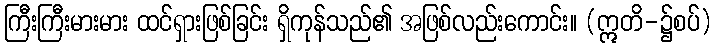
ကြီးကြီးမားမား ထင်ရှားဖြစ်ခြင်း ရှိကုန်သည်၏ အဖြစ်လည်းကောင်း။ (ဣတိ-၌စပ်)